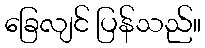
ခြေလျင် ပြန်သည်။